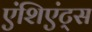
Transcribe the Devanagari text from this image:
एंशिएंट्स